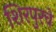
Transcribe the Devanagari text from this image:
शिरपुरचे